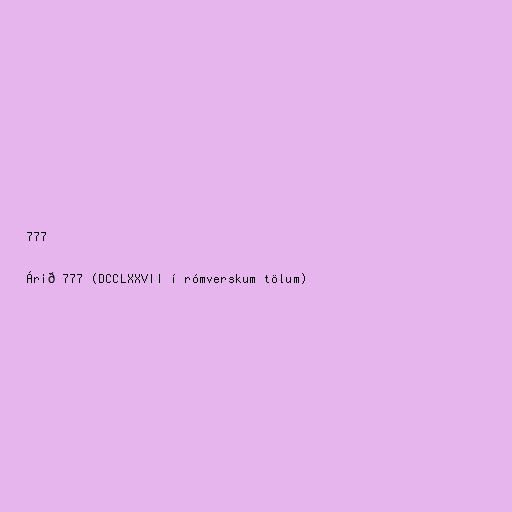
777

Árið 777 (DCCLXXVII í rómverskum tölum)